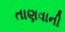
તાણવાની